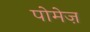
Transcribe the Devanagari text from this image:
पोमेज़